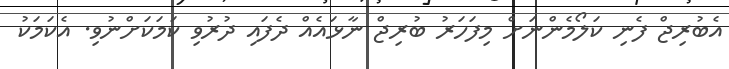
އެބުރިޖް ފެނި ކަލޯމެންނަށް މިފަހަރު ބުރިޖް ނާޅައެއް ދެފައި ދުރުވި ކަމަކަށްނުވި. އެކަމަކު